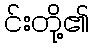
င်းတို့၏